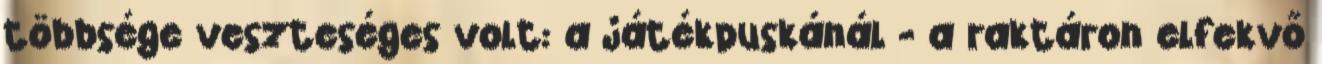
többsége veszteséges volt: a játékpuskánál - a raktáron elfekvő